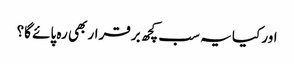
اور کیا یہ سب کچھ برقرار بھی رہ پائے گا؟